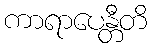
ကာရာပေန္တီတိ